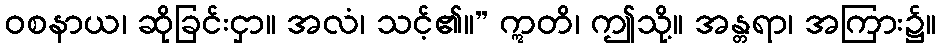
ဝစနာယ၊ ဆိုခြင်းငှာ။ အလံ၊ သင့်၏။” ဣတိ၊ ဤသို့။ အန္တရာ၊ အကြား၌။